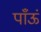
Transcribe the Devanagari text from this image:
पाँऊं